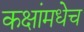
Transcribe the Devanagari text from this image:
कक्षांमधेच